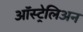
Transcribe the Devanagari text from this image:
ऑस्ट्रेलिअन